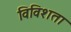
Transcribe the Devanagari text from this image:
विविशता